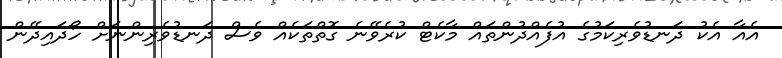
އެއާ އެކު ދަނޑުވެރިކަމުގެ އުފެއްދުންތައް މާކެޓް ކުރެވޭނެ ގޮތްތަކެއް ވެސް ދަނޑުވެރިންނަށް ހޯދައިދޭން